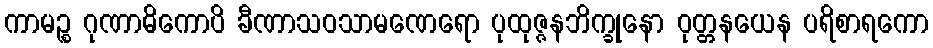
ကာမဉ္စ ဂုဏာဓိကောပိ ခီဏာသဝသာမဏေရော ပုထုဇ္ဇနဘိက္ခုနော ဝုတ္တနယေန ပရိစာရကော